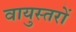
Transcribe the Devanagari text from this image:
वायुस्तरों